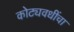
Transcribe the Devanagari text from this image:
कोट्यवधींचा